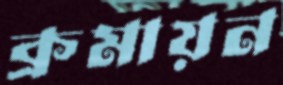
ক্রমায়ন